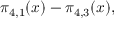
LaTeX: \pi _ { 4 , 1 } ( x ) - \pi _ { 4 , 3 } ( x ) ,